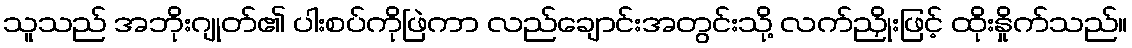
သူသည် အဘိုးဂျုတ်၏ ပါးစပ်ကိုဖြဲကာ လည်ချောင်းအတွင်းသို့ လက်ညှိုးဖြင့် ထိုးနှိုက်သည်။